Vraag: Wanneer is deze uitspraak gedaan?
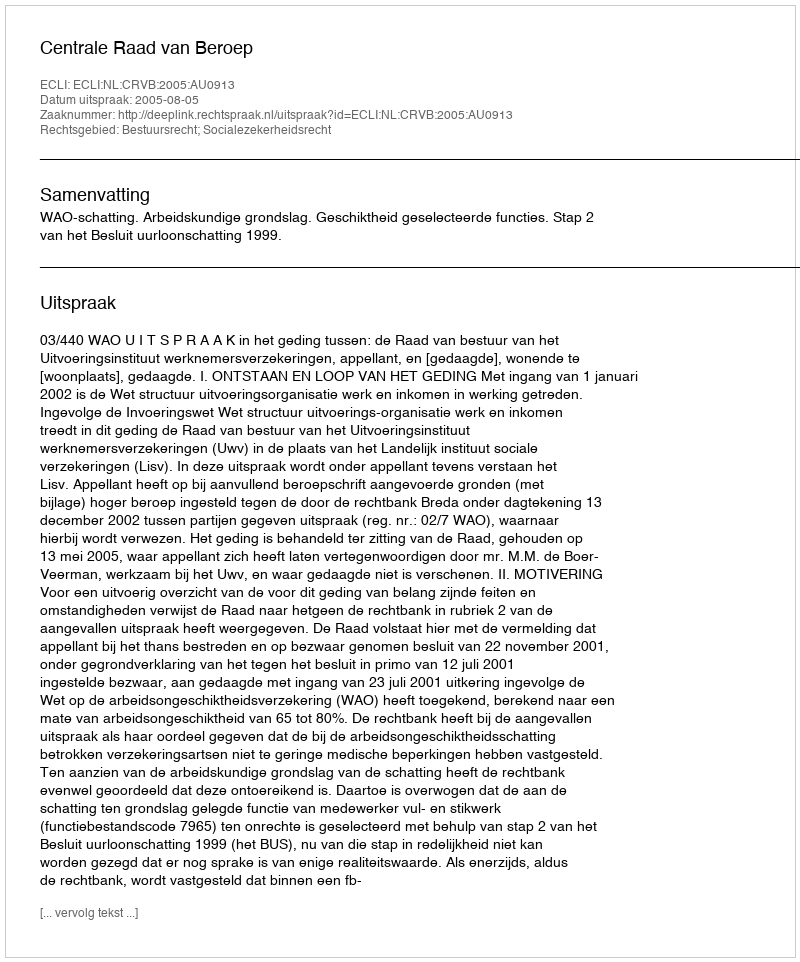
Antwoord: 2005-08-05